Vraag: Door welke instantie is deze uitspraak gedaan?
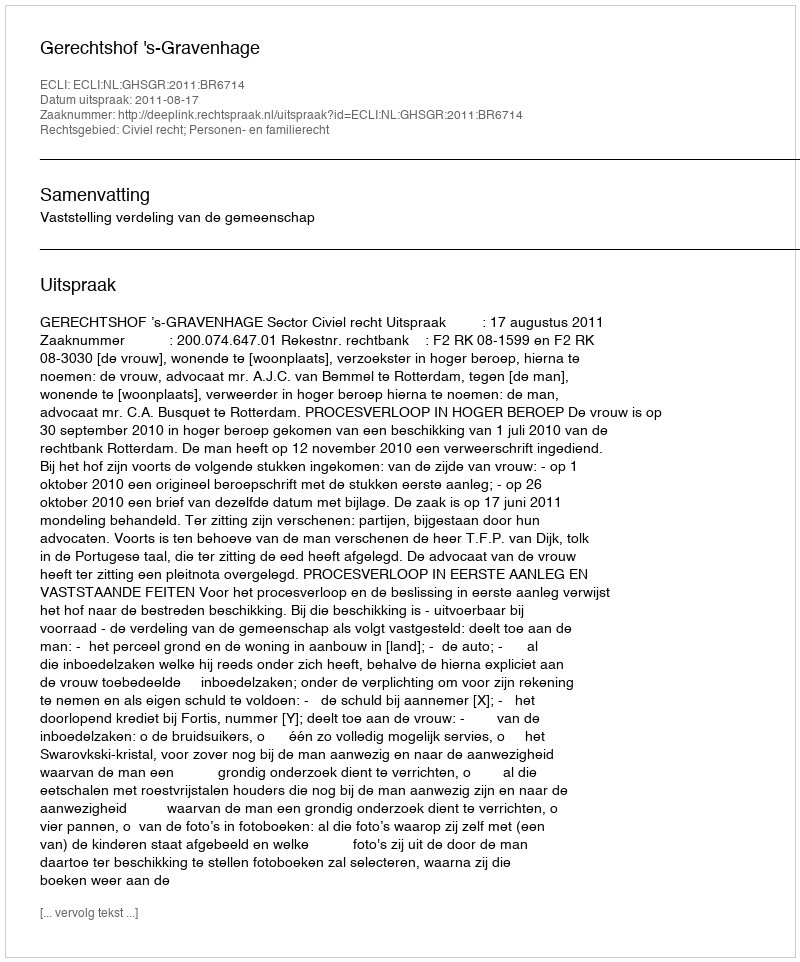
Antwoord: Gerechtshof 's-Gravenhage